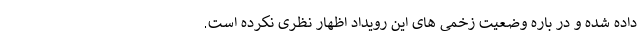
داده شده و در باره وضعیت زخمی های این رویداد اظهار نظری نکرده است.